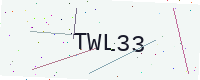
Text: TWL33